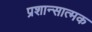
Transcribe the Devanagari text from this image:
प्रशान्सात्मक